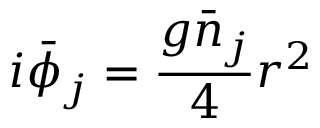
i \bar { \phi } _ { j } = \frac { g \bar { n } _ { j } } { 4 } r ^ { 2 }